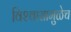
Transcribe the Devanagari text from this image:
विश्‍वासामुळेच